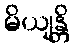
မိယျန္တိ